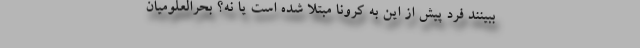
ببینند فرد پیش از این به کرونا مبتلا شده است یا نه؟ بحرالعلومیان